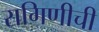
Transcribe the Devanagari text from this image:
रागिणीची